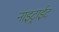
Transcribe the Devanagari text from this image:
नाइट्राईट